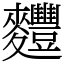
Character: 麷